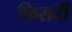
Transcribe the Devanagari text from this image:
फिसदी